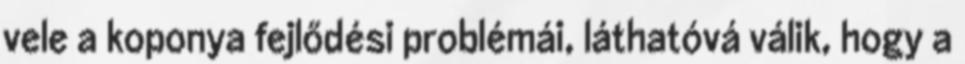
vele a koponya fejlődési problémái, láthatóvá válik, hogy a